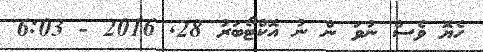
ހެޔޮ ވެސް ނުވަ ން ނު އޮކްޓޯބަރު 28